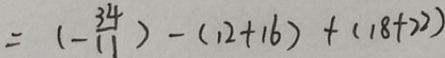
= ( - \frac { 3 4 } { 1 1 } ) - ( 1 2 + 1 6 ) + ( 1 8 + 2 2 )